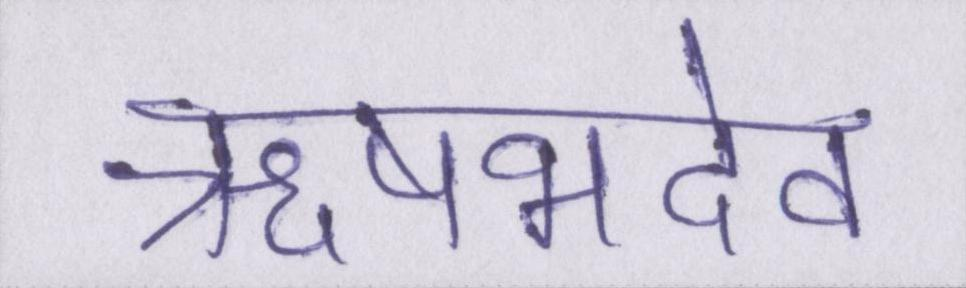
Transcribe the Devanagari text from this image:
ऋषभदेव